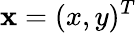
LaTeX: \mathbf x=(x,y)^{T}